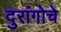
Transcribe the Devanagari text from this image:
दुरांगोचे